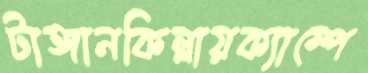
টাঙ্গানকিল্লায়ক্যাম্পে